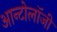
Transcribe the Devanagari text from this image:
आन्टोलॉजी